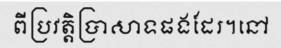
ពីប្រវត្តិប្រាសាទផងដែរ។នៅ